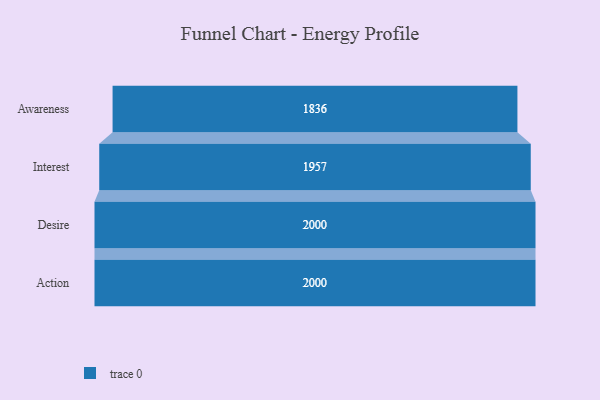
{"axis": {"x": "Stage", "y": "Value"}, "legend": [""], "data": [{"x": "Awareness", "y": 1836.0, "type": ""}, {"x": "Interest", "y": 1957.0, "type": ""}, {"x": "Desire", "y": 2000, "type": ""}, {"x": "Action", "y": 2000, "type": ""}]}